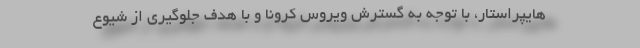
هایپراستار، با توجه به گسترش ویروس کرونا و با هدف جلوگیری از شیوع